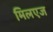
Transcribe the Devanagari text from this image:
मिलएज